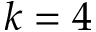
k = 4